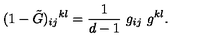
( 1 - \tilde { G } ) _ { i j } { } ^ { k l } = \frac { 1 } { d - 1 } \ g _ { i j } \ g ^ { k l } .